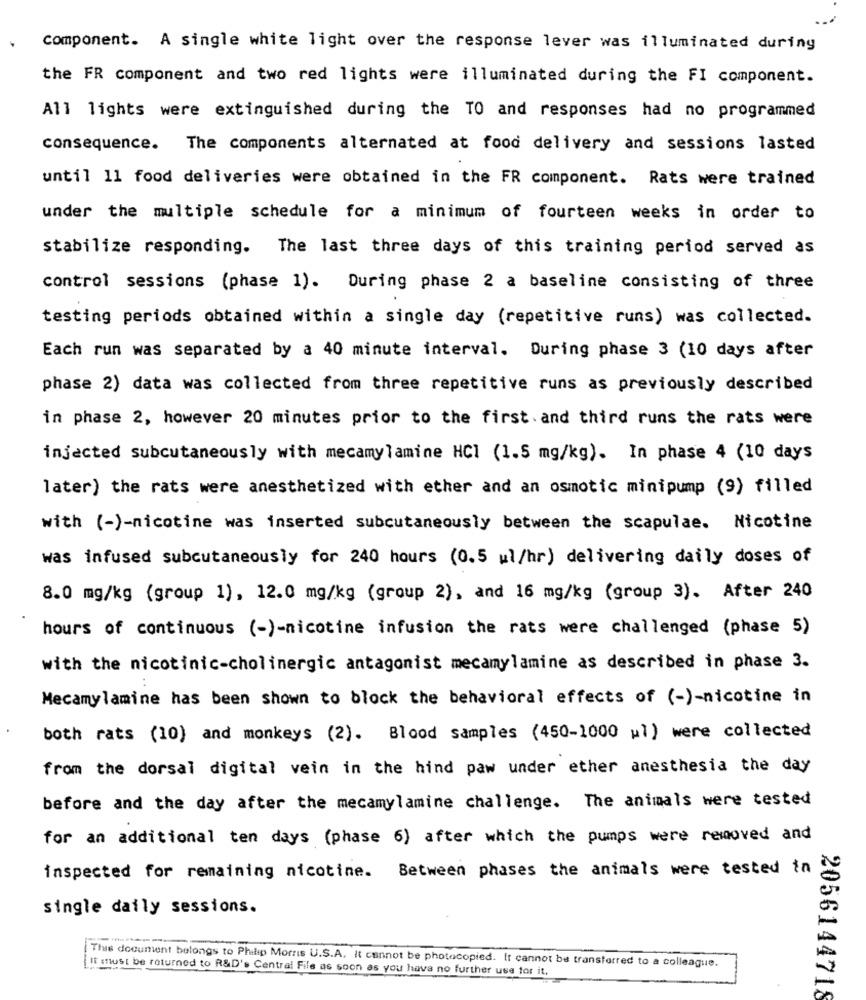
component. A single white light over the response lever was illuminated during
the FR component and two red lights were illuminated during the FI component.
All lights were extinguished during the TO and responses had no programmed
consequence. The components alternated at food delivery and sessions lasted
until 11 food deliveries were obtained in the FR component. Rats were trained
under the multiple schedule for a minimum of fourteen weeks in order to
stabilize responding. The last three days of this training period served as
control sessions (phase 1). During phase 2 a baseline consisting of three
testing periods obtained within a single day (repetitive runs) was collected.
Each run was separated by a 40 minute interval. During phase 3 (10 days after
phase 2) data was collected from three repetitive runs as previously described
in phase 2, however 20 minutes prior to the first. and third runs the rats were
injected subcutaneously with mecamylamine HCl (1.5 mg/kg). In phase 4 (10 days
later) the rats were anesthetized with ether and an osmotic minipump (9) filled
with (-)-nicotine was inserted subcutaneously between the scapulae. Nicotine
was infused subcutaneously for 240 hours (0.5 ul/hr) delivering daily doses of
8.0 mg/kg (group 1), 12.0 mg/kg (group 2), and 16 mg/kg (group 3). After 240
hours of continuous (-)-nicotine infusion the rats were challenged (phase 5)
with the nicotinic-cholinergic antagonist mecamylamine as described in phase 3.
Mecamylamine has been shown to block the behavioral effects of (-)-nicotine in
both rats (10) and monkeys (2). Blood samples (450-1000 ul) were collected
from the dorsal digital vein in the hind paw under ether anesthesia the day
before and the day after the mecamylamine challenge. The animals were tested
for an additional ten days (phase 6) after which the pumps were removed and
inspected for remaining nicotine. Between phases the animals were tested in
single daily sessions.
[This document belongs to Philip Morris U.S.A. It cannot be photocopied. It cannot be transferred to a colleague.
It must be returned to R&D's Centrai File as soon as you have no further use tor it,
2056144718